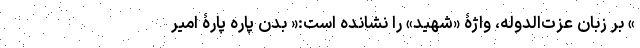
» بر زبان عزت‌الدوله، واژۀ «شهید» را نشانده است:« بدن پاره پارۀ امیر